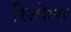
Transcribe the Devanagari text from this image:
रिजोम्‍स